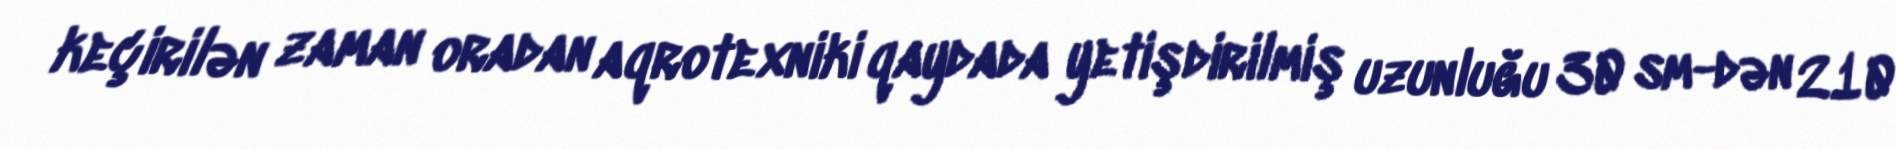
keçirilən zaman oradan aqrotexniki qaydada yetişdirilmiş uzunluğu 30 sm-dən 210